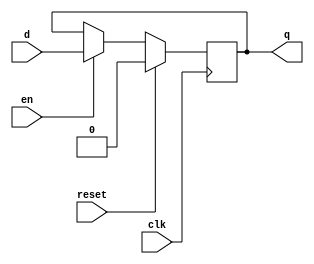
`timescale 1ns / 1ps
/////////////////////////////////////////////////////////////////
// Module Name: xup_dff_en_reset
/////////////////////////////////////////////////////////////////
module xup_dff_en_reset #(parameter DELAY = 3)(
    input wire d,
    input wire clk,
    input wire en,
    input wire reset,
    output reg q
    );
    
    always @(posedge clk)
    begin 
        if(reset)
            q<= #DELAY 0;
        else if(en)
            q<= #DELAY d;            
    end
    
endmodule